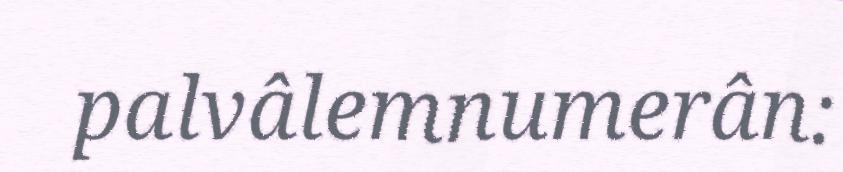
palvâlemnumerân: